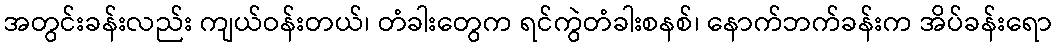
အတွင်းခန်းလည်း ကျယ်ဝန်းတယ်၊ တံခါးတွေက ရင်ကွဲတံခါးစနစ်၊ နောက်ဘက်ခန်းက အိပ်ခန်းရော